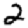
Digit: 2